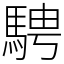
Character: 騁